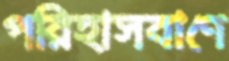
পরিহাসবাণে